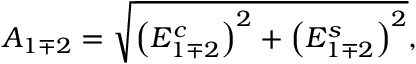
A _ { 1 \mp 2 } = \sqrt { \left( E _ { 1 \mp 2 } ^ { c } \right) ^ { 2 } + \left( E _ { 1 \mp 2 } ^ { s } \right) ^ { 2 } } ,